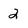
Character: 2